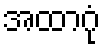
အထာဂုံ